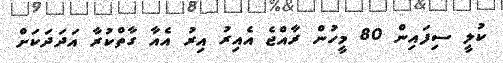
ކުލީ ސިފައިން 80 މީހުން ރާއްޖެ އެއިރު އިރު އެއާ ގާތްކުރާ އަދަދަކަށް